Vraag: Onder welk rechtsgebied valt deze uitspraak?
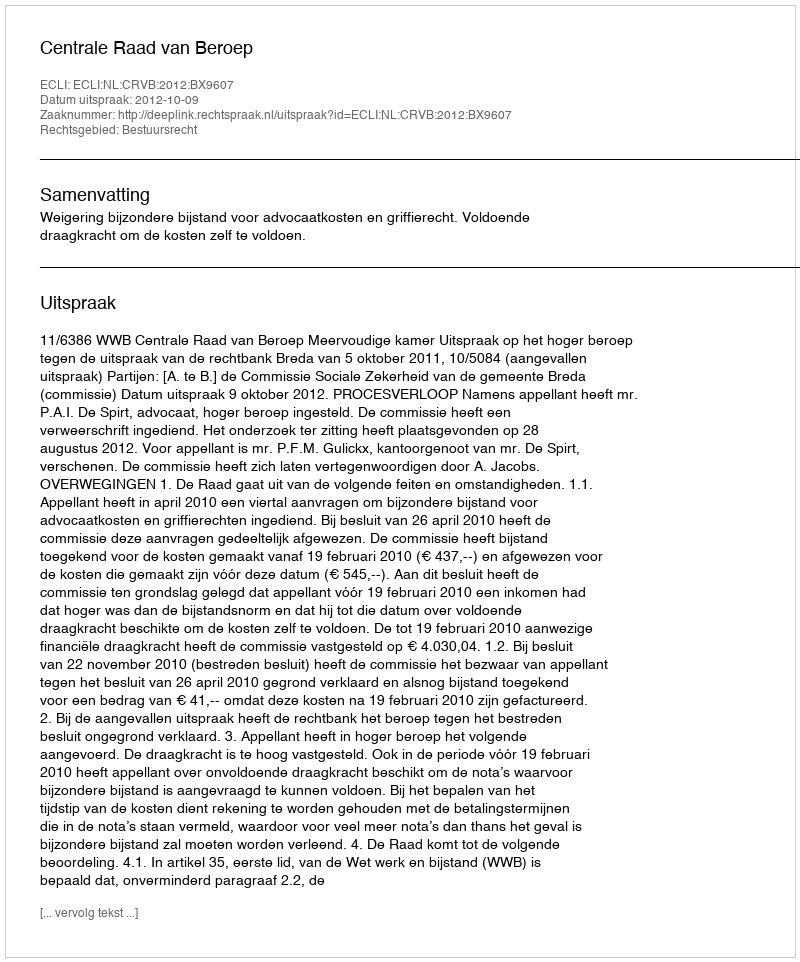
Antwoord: Bestuursrecht